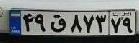
۴۹ق۸۷۳۷۹